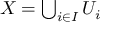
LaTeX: \textstyle X = \bigcup _ { i \in I } U _ { i }